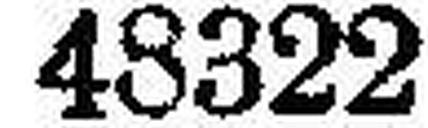
48322